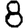
Digit: 8